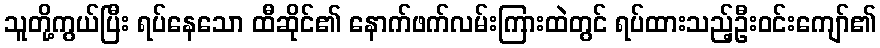
သူတို့ကွယ်ပြီး ရပ်နေသော ထီဆိုင်၏ နောက်ဖက်လမ်းကြားထဲတွင် ရပ်ထားသည့်ဦးဝင်းကျော်၏